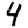
Digit: 4